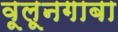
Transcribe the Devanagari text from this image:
वूलूनगाबा